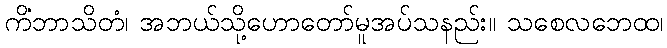
ကိံဘာသိတံ၊ အဘယ်သို့ဟောတော်မူအပ်သနည်း။ သစေလဘေထ၊